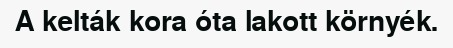
A kelták kora óta lakott környék.